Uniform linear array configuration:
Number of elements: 12
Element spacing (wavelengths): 0.5
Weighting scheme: hamming
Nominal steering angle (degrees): -30
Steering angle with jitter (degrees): -28.547
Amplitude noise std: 0.05
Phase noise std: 0.05

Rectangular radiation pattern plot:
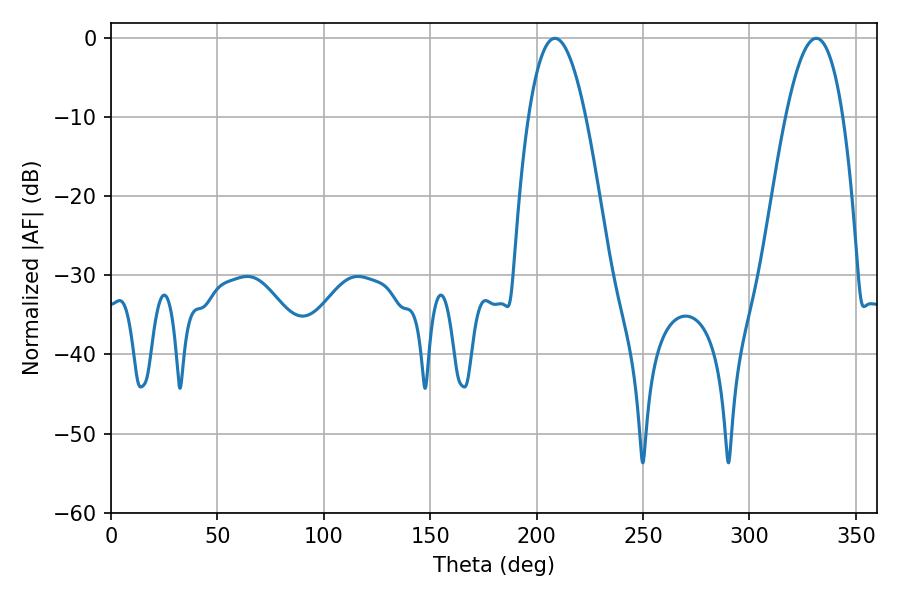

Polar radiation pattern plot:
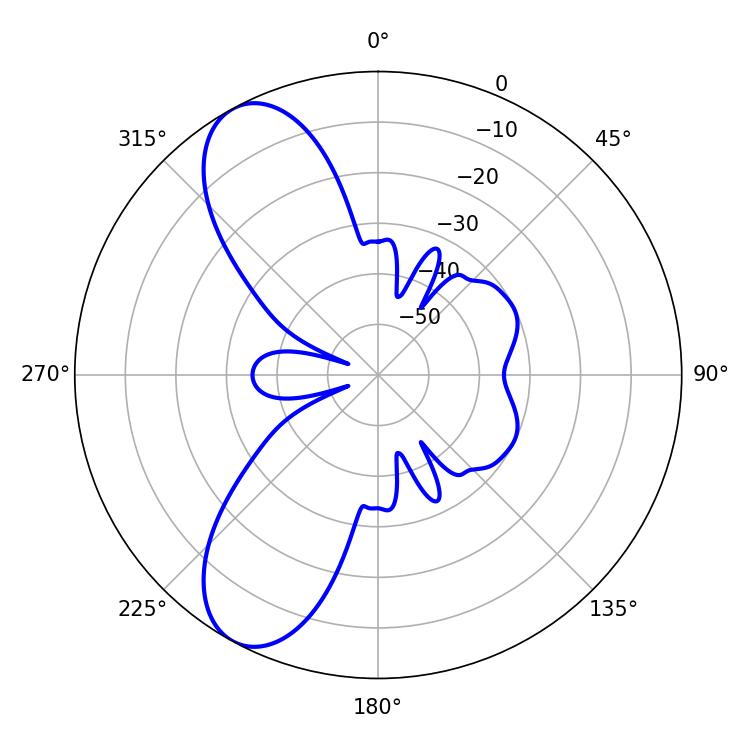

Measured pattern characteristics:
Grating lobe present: FALSE
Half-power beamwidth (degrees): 14.76
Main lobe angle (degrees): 208.62